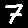
Digit: 7